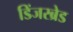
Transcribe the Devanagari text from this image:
डिंजरब्रेड